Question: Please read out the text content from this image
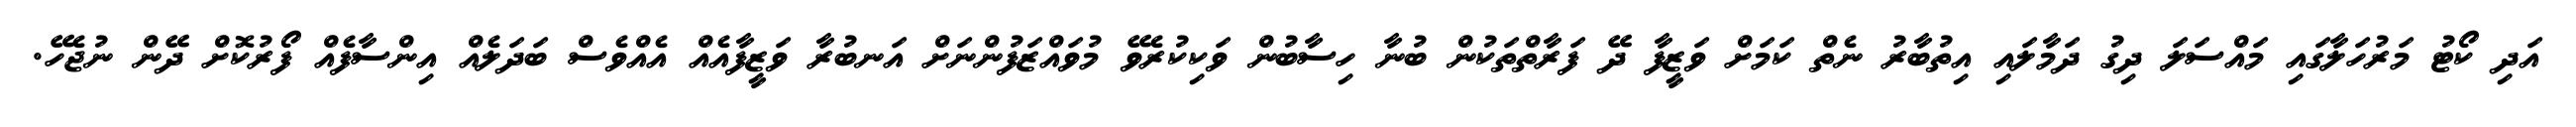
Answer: އަދި ކޯޓު މަރުހަލާގައި މައްސަލަ ދިގު ދަމާލައި އިތުބާރު ނެތް ކަމަށް ވަޒީފާ ދޭ ފަރާތްތަކުން ބުނާ ހިސާބުން ވަކިކުރެވޭ މުވައްޒަފުންނަށް އަނބުރާ ވަޒީފާއެއް އެއްވެސް ބަދަލެއް އިންސާފެއް ފޯރުކޮށް ދޭން ނުޖެހޭ.